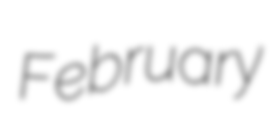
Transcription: February